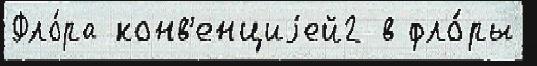
Фло́ра конв'енциjей2 в фло́ры